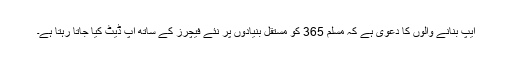
ایپ بنانے والوں کا دعویٰ ہے کہ مسلم 365 کو مستقل بنیادوں پر نئے فیچرز کے ساتھ اَپ ڈیٹ کیا جاتا رہتا ہے۔